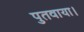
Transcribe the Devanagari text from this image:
पुतवाया।